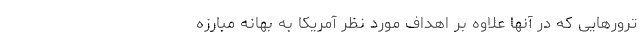
‌ترورهایی که در آنها علاوه ‌بر اهداف مورد نظر آمریکا به بهانه مبارزه